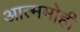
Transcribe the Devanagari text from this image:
आत्ममोही